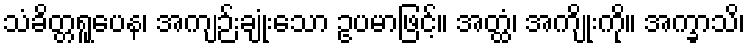
သံခိတ္တရူပေန၊ အကျဉ်းချုံးသော ဥပမာဖြင့်။ အတ္ထံ၊ အကျိုးကို။ အက္ခာသိ၊